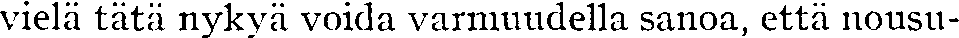
vielä tätä nykyä voida varmuudella sanoa, että nousu-